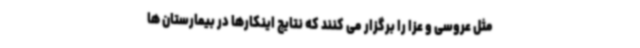
مثل عروسی و عزا را برگزار می کنند که نتایج اینکارها در بیمارستان ها